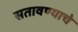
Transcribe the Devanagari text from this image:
सतावण्याचे